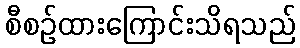
စီစဉ်ထားကြောင်းသိရသည်